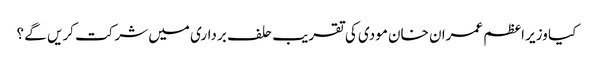
کیا وزیر اعظم عمران خان مودی کی تقریب حلف برداری میں شرکت کریں گے ؟